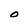
Character: O